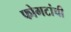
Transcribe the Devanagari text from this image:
फोगटांची